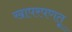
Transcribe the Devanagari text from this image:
खापरपणतू